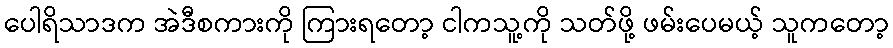
ပေါရိသာဒက အဲဒီစကားကို ကြားရတော့ ငါကသူ့ကို သတ်ဖို့ ဖမ်းပေမယ့် သူကတော့